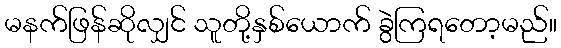
မနက်ဖြန်ဆိုလျှင် သူတို့နှစ်ယောက် ခွဲကြရတော့မည်။